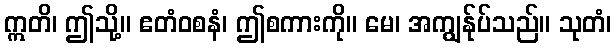
ဣတိ၊ ဤသို့။ ဧတံဝစနံ၊ ဤစကားကို။ မေ၊ အကျွန်ုပ်သည်။ သုတံ၊